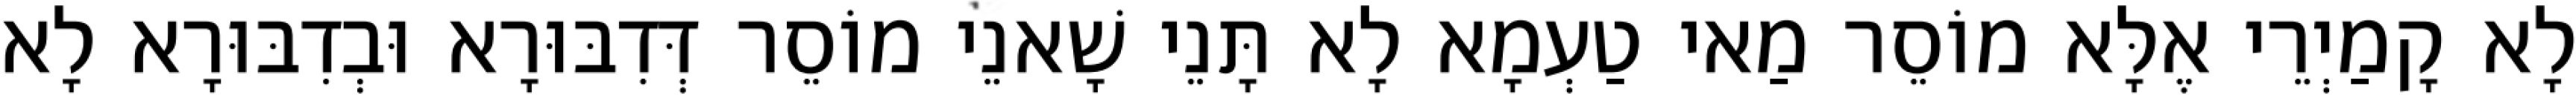
לָא קָמַיְרֵי אֶלָּא מוֹסֵר מַאי טַעְמָא לָא תָּנֵי שָׁאנֵי מוֹסֵר דְּדִבּוּרָא וּבְדִבּוּרָא לָא